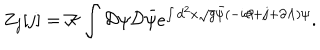
Z _ { j } [ j ] = { \cal K } \int { \cal D } \psi { \cal D } \bar { \psi } e ^ { \int d ^ { 2 } x \sqrt { g } \bar { \psi } ( - i { \partial \! \! / } + { j \! \! / } + { \partial \! \! / \Lambda } ) \psi } .